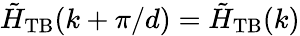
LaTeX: \tilde{H}_{\mathrm{TB}}(k+\pi/d)=\tilde{H}_{\mathrm{TB}}(k)